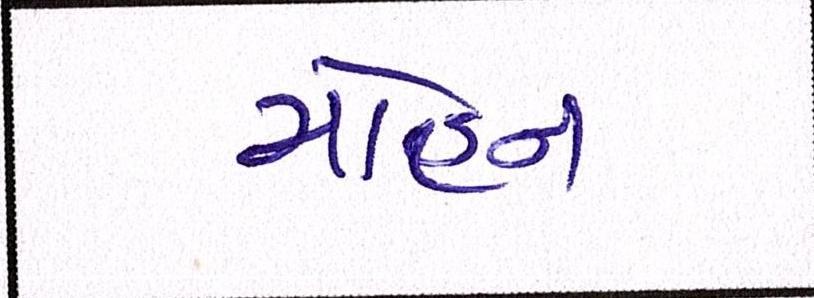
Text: મોહન